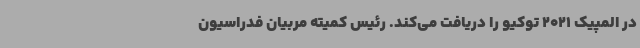
در المپیک 2021 توکیو را دریافت می‌کند. رئیس کمیته مربیان فدراسیون